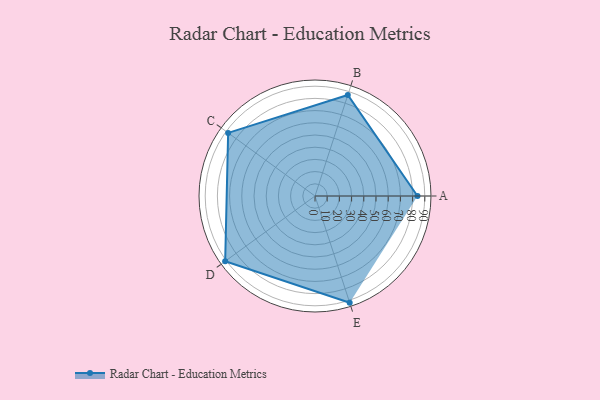
{"axis": {"x": "Skill", "y": "Score"}, "legend": ["Profile"], "data": [{"x": "A", "y": 84.0, "type": "Profile"}, {"x": "B", "y": 87.0, "type": "Profile"}, {"x": "C", "y": 88.0, "type": "Profile"}, {"x": "D", "y": 91.0, "type": "Profile"}, {"x": "E", "y": 92.0, "type": "Profile"}]}